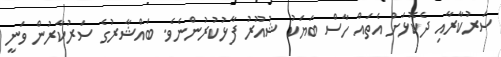
ސަރުކާރާއި ދެކޮޅަށް އެތައް ހާސް ބަޔަކު ޝުއޫރު ފާޅުކުރުންނެވެ. ބައްޝާރުގެ ސަރުކާރުން ވަނީ